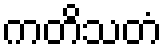
ကတိသတံ